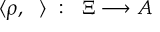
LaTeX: \langle \rho , ~ ~ \rangle ~ : ~ ~ \Xi \longrightarrow A